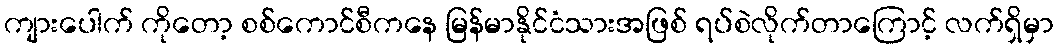
ကျားပေါက် ကိုတော့ စစ်ကောင်စီကနေ မြန်မာနိုင်ငံသားအဖြစ် ရပ်စဲလိုက်တာကြောင့် လက်ရှိမှာ